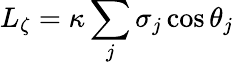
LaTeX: L_{\zeta}=\kappa\sum_{j}\sigma_{j}\cos\theta_{j}